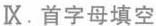
IX. 首字母填空